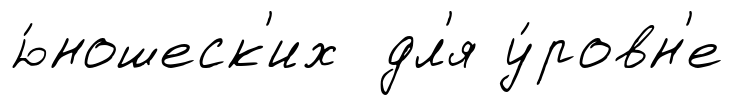
ю́ношеск'их дл'я у́ровн'е